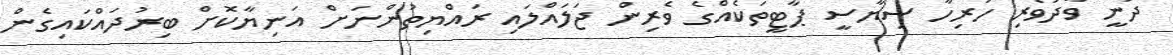
ދަނީ ވާދަވެރި ހުރިހާ ސިޔާސީ ޕާޓީތަކެއްގެ ވެރިން ޖަލައްލައި ރައްޔިތުންނަށް އަނިޔާކޮށް ބިރުދައްކައިގެން